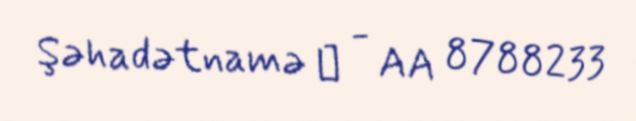
Şəhadətnamə № - AA 8788233